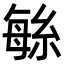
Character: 䋣